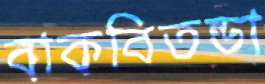
বাকবিতন্ডা